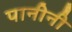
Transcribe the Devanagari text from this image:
पानीनी